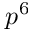
p ^ { 6 }